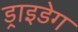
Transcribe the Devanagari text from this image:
ड्राइडेग